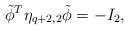
LaTeX: \begin{align*}{\tilde \phi}^{T} {\eta}_{q+2,2} {\tilde \phi} = -I_{2},\end{align*}